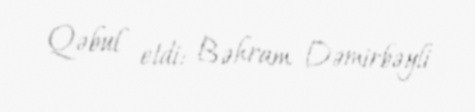
Qəbul etdi: Bəhram Dəmirbəyli